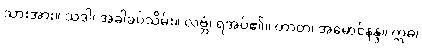
သားအား။ သဒါ၊ အခါခပ်သိမ်း။ လဗ္ဘံ၊ ရအပ်၏။ တာတ၊ အမောင်နန္ဒ။ ဣဓ၊